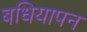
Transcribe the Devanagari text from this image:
बधियापन